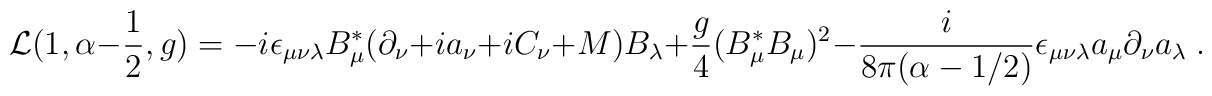
{\cal L}(1,\alpha-\frac{1}{2},g)= - i \epsilon_{\mu \nu \lambda} B^*_\mu ( \partial_\nu+ i a_\nu + i C_\nu +M ) B_\lambda + \frac{g}{4}(B^*_\mu B_\mu)^2- \frac{i}{8 \pi (\alpha - 1/2)} \epsilon_{\mu \nu \lambda}a_\mu \partial_\nu a_\lambda\;.